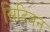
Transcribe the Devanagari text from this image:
सिंदिबन